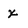
Character: x